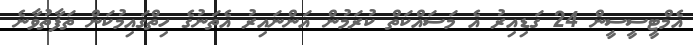
އެމްޓީސީސީން 24 ގަޑިއިރު އެ މަސައްކަތް ކުރަމުން އަންނައިރު އެތަނުގެ ހިތްގައިމުކަން ތަފާތުވާނެ